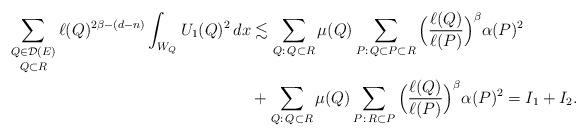
LaTeX: \begin{align*}\mathop{\sum_{Q\in\mathcal{D}(E)}}_{Q \subset R} \ell(Q)^{2\beta-(d-n)} \int_{W_Q} U_1(Q)^2\, dx &\lesssim\sum_{Q:\,Q \subset R} \mu(Q) \sum_{P:\, Q \subset P \subset R} \Big( \frac{\ell(Q)}{\ell(P)} \Big)^{\beta} \alpha(P)^2 \\&+ \sum_{Q:\,Q \subset R} \mu(Q) \sum_{P:\, R \subset P} \Big( \frac{\ell(Q)}{\ell(P)} \Big)^{\beta} \alpha(P)^2 = I_1 + I_2.\end{align*}